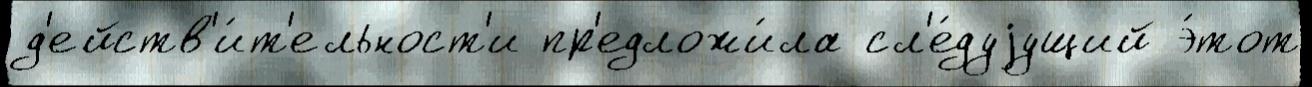
д'ейств'и́т'ельност'и пр'едложи́ла сл'е́дуjущий э́тот